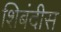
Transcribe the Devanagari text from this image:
शिबंदीस